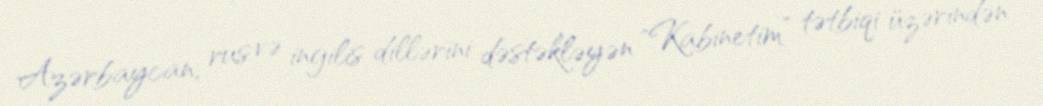
Azərbaycan, rus və ingilis dillərini dəstəkləyən "Kabinetim” tətbiqi üzərindən